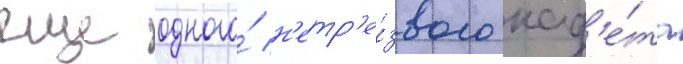
еще одного́ н'етр'е́звого кад'е́та